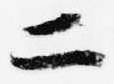
二